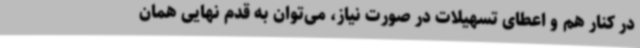
در کنار هم و اعطای تسهیلات در صورت نیاز، می‌توان به قدم نهایی همان